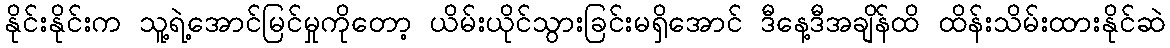
နိုင်းနိုင်းက သူ့ရဲ့အောင်မြင်မှုကိုတော့ ယိမ်းယိုင်သွားခြင်းမရှိအောင် ဒီနေ့ဒီအချိန်ထိ ထိန်းသိမ်းထားနိုင်ဆဲ